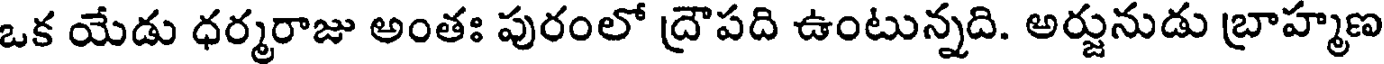
ఒక యేడు ధర్మరాజు అంతః పురంలో ద్రౌపది ఉంటున్నది. అర్జునుడు బ్రాహ్మణ